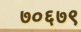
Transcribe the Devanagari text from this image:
७०६७९